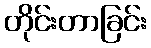
တိုင်းတာခြင်း